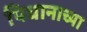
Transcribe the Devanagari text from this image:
पिधानाच्या